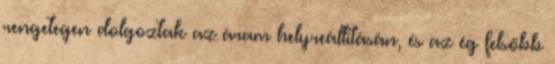
rengetegen dolgoztak az áram helyreállításán, és az ég felsőbb